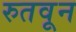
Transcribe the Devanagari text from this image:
रुतवून